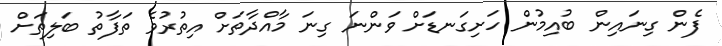
ފެން ގިނައިން ބުއިމުން ހަށިގަނޑަށް ވަންނަ ގިނަ މާއްދާތަށް އިތުރުވެ ތަފާތު ބަލިތަށް